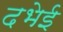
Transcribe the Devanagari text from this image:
दभेई